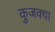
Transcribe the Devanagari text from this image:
कुजक्या